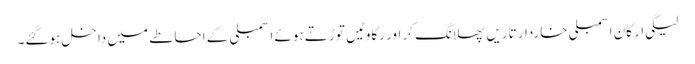
لیگی ارکان اسمبلی خاردار تاریں پھلانگ کر اور رکاوٹیں توڑتے ہوئے اسمبلی کے احاطے میں داخل ہوگئے۔